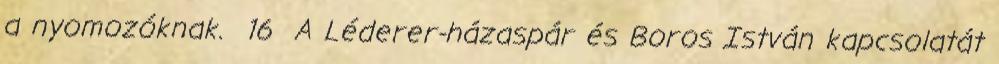
a nyomozóknak. 16 A Léderer-házaspár és Boros István kapcsolatát